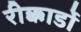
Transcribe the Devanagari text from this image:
रीक्कार्डो